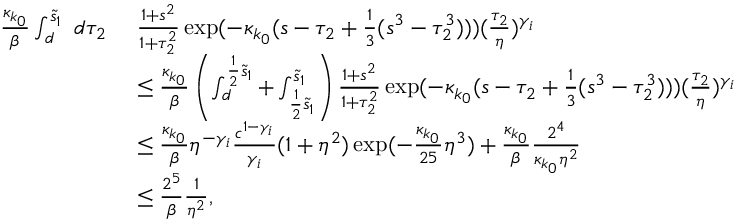
\begin{array} { r l } { \frac { \kappa _ { k _ { 0 } } } \beta \int _ { d } ^ { \tilde { s } _ { 1 } } \ d \tau _ { 2 } \ } & { \frac { 1 + s ^ { 2 } } { 1 + \tau _ { 2 } ^ { 2 } } \exp ( - \kappa _ { k _ { 0 } } ( s - \tau _ { 2 } + \frac 1 3 ( s ^ { 3 } - \tau _ { 2 } ^ { 3 } ) ) ) ( \frac { \tau _ { 2 } } \eta ) ^ { \gamma _ { i } } } \\ & { \le \frac { \kappa _ { k _ { 0 } } } \beta \left( \int _ { d } ^ { \frac 1 2 \tilde { s } _ { 1 } } + \int _ { \frac 1 2 \tilde { s } _ { 1 } } ^ { \tilde { s } _ { 1 } } \right) \frac { 1 + s ^ { 2 } } { 1 + \tau _ { 2 } ^ { 2 } } \exp ( - \kappa _ { k _ { 0 } } ( s - \tau _ { 2 } + \frac 1 3 ( s ^ { 3 } - \tau _ { 2 } ^ { 3 } ) ) ) ( \frac { \tau _ { 2 } } \eta ) ^ { \gamma _ { i } } } \\ & { \le \frac { \kappa _ { k _ { 0 } } } \beta { \eta ^ { - \gamma _ { i } } } \frac { c ^ { 1 - \gamma _ { i } } } { \gamma _ { i } } ( 1 + \eta ^ { 2 } ) \exp ( - \frac { \kappa _ { k _ { 0 } } } { 2 5 } \eta ^ { 3 } ) + \frac { \kappa _ { k _ { 0 } } } \beta \frac { 2 ^ { 4 } } { \kappa _ { k _ { 0 } } \eta ^ { 2 } } } \\ & { \le \frac { 2 ^ { 5 } } \beta \frac 1 { \eta ^ { 2 } } , } \end{array}